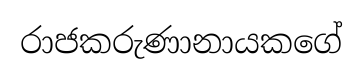
රාජකරුණානායකගේ